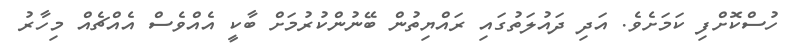
ހުސްކޮށްފި ކަމަށެވެ. އަދި ދައުލަތުގައި ރައްޔިތުން ބޭނުންކުރުމަށް ބާކީ އެއްވެސް އެއްޗެއް މިހާރު